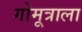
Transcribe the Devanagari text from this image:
गोमूत्राला